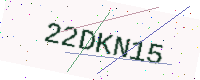
Text: 22DKN15